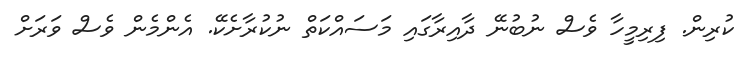
ކުރިން. ފިރިމީހާ ވެސް ނުބުނޭ ދާއިރާގައި މަސައްކަތް ނުކުރާށެކޭ. އެންމެން ވެސް ވަރަށް